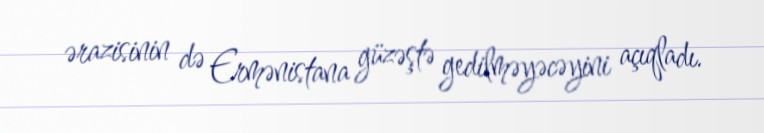
ərazisinin də Ermənistana güzəştə gedilməyəcəyini açıqladı.